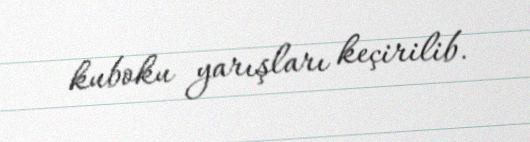
kuboku yarışları keçirilib.